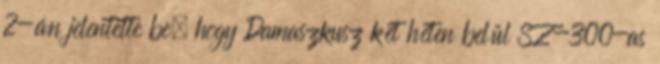
2-án jelentette be, hogy Damaszkusz két héten belül SZ-300-as